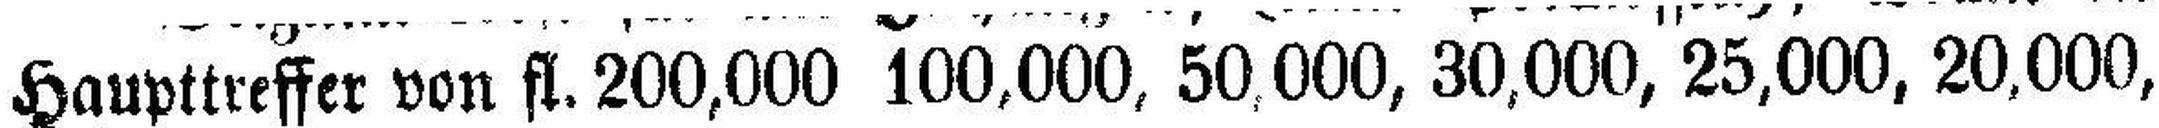
Haupttreffer von fl. 200,000 100,000, 50,000, 30,000, 25,000, 20,000,